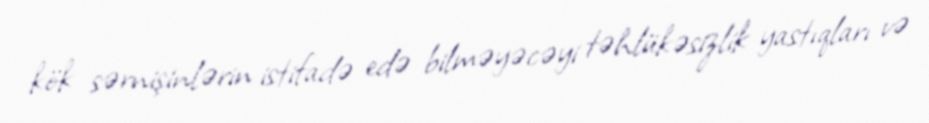
kök sərnişinlərin istifadə edə bilməyəcəyi təhlükəsizlik yastıqları və